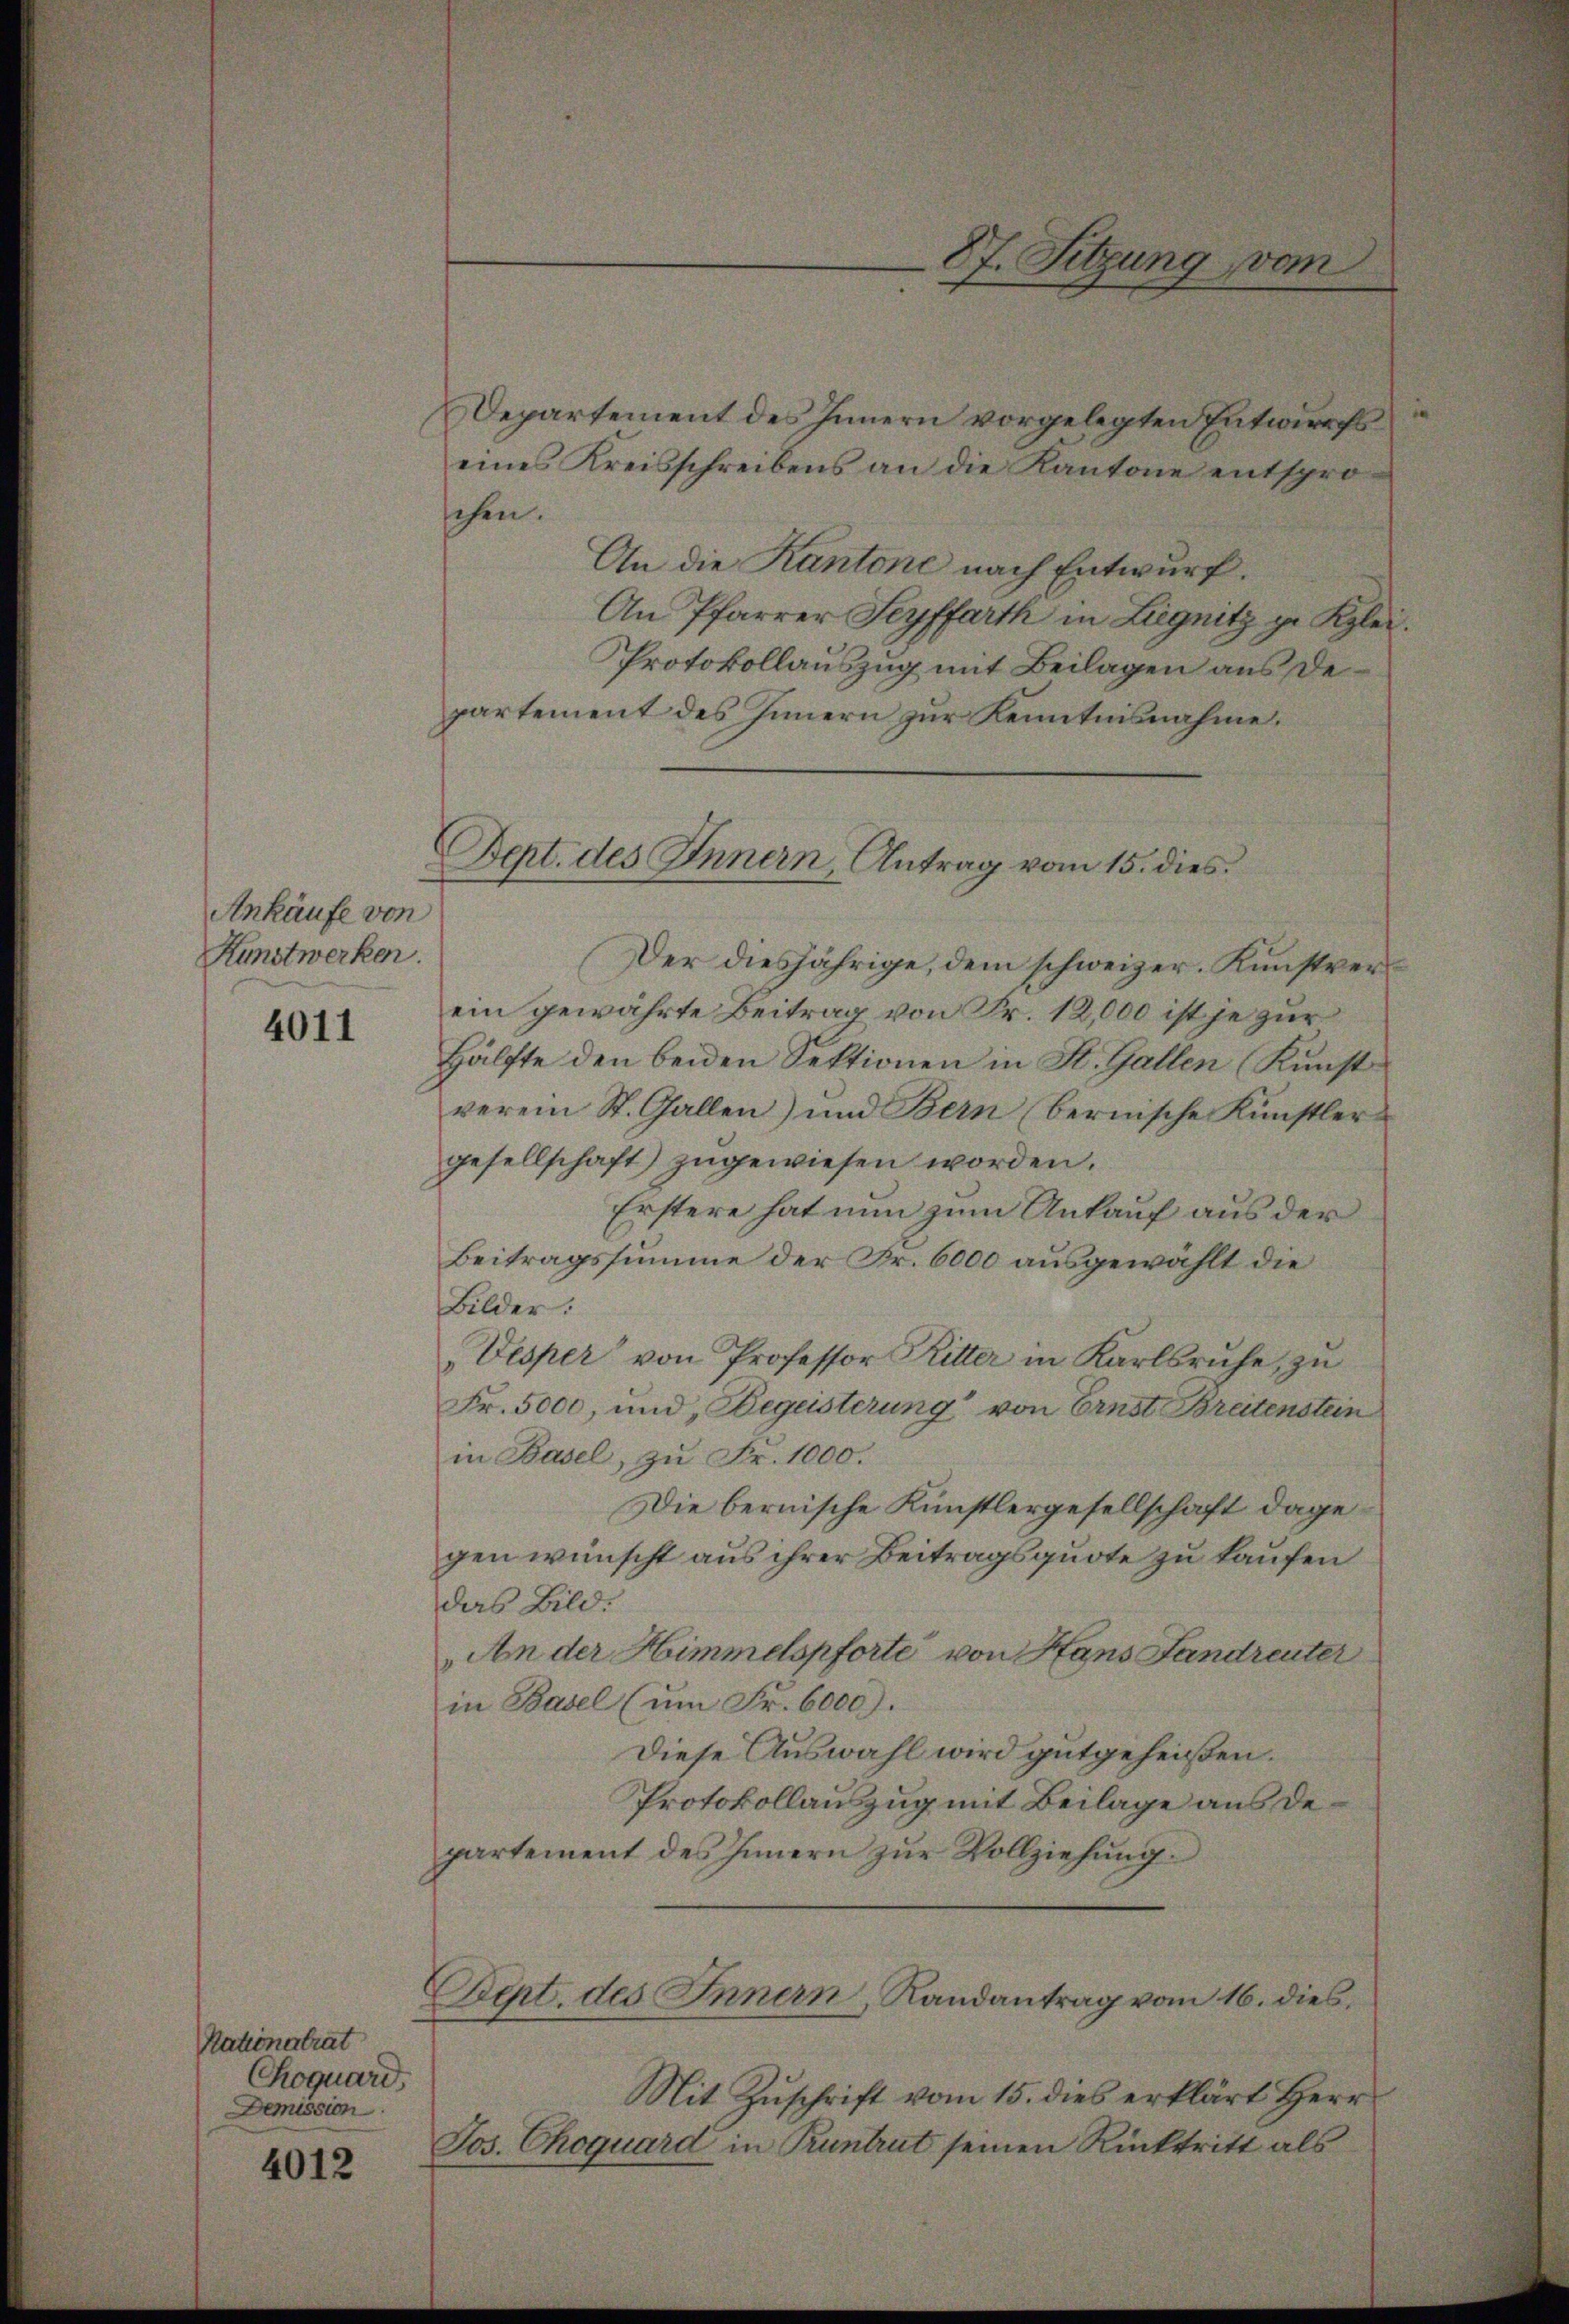
Ankäufe von
Kunstwerker.

4011

Nationalrat
Roquard
Demission

4012

Departement des Innern vorgelegten Entwurfseines Kreisschreibens an die Kantone entsproschen.
An die Kantone nach Entwurf.
An Pfarrer Seyffarth in Liegnitz zu Klei¬
Protokollauszug mit Beilagen aus Departement des Innern zur Kenntnisnahme.

Bept. des Innern, Antrag vom 15. dies

Der diesjährige, dem schweizer. Kunstverein gewährte Beitrag von Fr. 12,000 ist je zur
Hälfte den beiden Sektionen in St. Gallen (Kunst
verein St. Gallen) und Bern (bernische Künstler
gesellschaft) zugewiesen worden.
Erstere hat nun zum Ankauf aus der
Beitragssumme der Fr. 6000 ausgewählt die
Bilder:
Vesper von Professor Ritter in Karlsruhe, zu
Fr. 5000, und Begeisterung von Ernst Breitenstein
in Basel, zu Fr. 1000.
Die bernische Künstlergesellschaft dagegen wünscht aus ihrer Beitragsquote zu kaufen
das Bild.
An der Himmelspforte von Hans Landreuter
in Basel (um Fr. 6000).
Diese Auswahl wird gutgeheißen.
Protokollauszug mit Beilage aus de
partement des Innern zur Vollziehung
Dept. des Innern, Randantrag vom 16. dies
Mit Zŭschrift vom 15. dies erklärt Herr
Jos. Choquard in Pruntrut seinen Rücktritt als

87. Sitzung vom